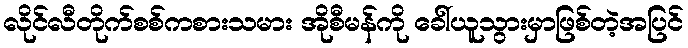
လိုင်လီတိုက်စစ်ကစားသမား အိုစီမန်ကို ခေါ်ယူသွားမှာဖြစ်တဲ့အပြင်